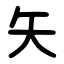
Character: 矢